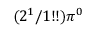
( 2 ^ { 1 } / 1 ! ! ) \pi ^ { 0 }